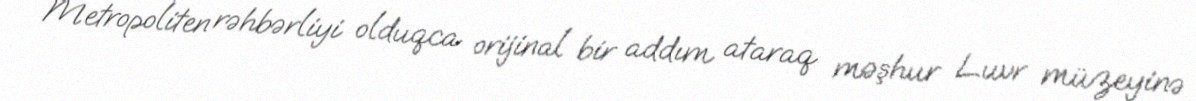
Metropoliten rəhbərliyi olduqca orijinal bir addım ataraq məşhur Luvr müzeyinə